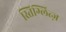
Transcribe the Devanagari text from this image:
स्तिग्लित्ज़